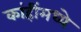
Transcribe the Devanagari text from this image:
कांहींमध्ये